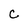
Character: C